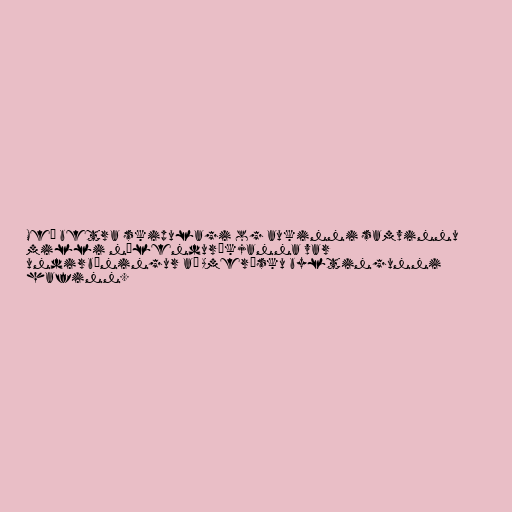
Með betra skipulagi og aukinni samvinnu
milli nýlenduríkjanna var
undirbúningur að Amerísku byltingunni
hafinn.